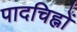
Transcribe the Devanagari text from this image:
पादचिह्नों